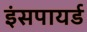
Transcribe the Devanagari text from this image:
इंसपायर्ड